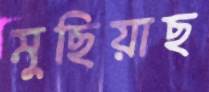
মুছিয়াছ